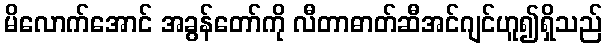
မိလောက်အောင် အခွန်တော်ကို လီတာဓာတ်ဆီအင်ဂျင်ဟူ၍ရှိသည်